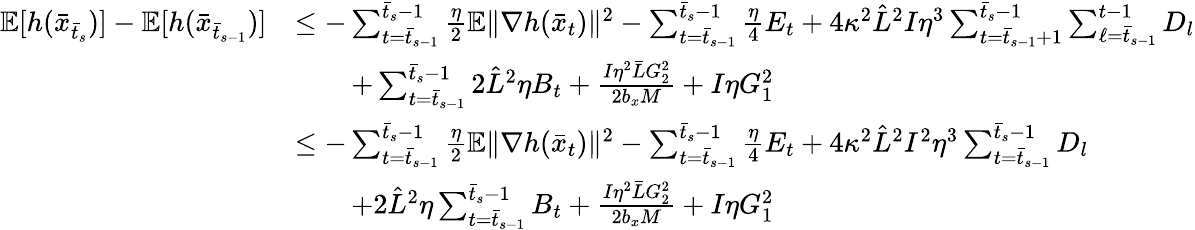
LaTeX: \begin{array}{rl}{\mathbb{E}[h(\bar{x}_{\bar{t}_{s}})]-\mathbb{E}[h(\bar{x}_{\bar{t}_{s-1}})]}&{\leq-\sum_{t=\bar{t}_{s-1}}^{\bar{t}_{s}-1}\frac{\eta}{2}\mathbb{E}\| \nabla h(\bar{x}_{t})\| ^{2}-\sum_{t=\bar{t}_{s-1}}^{\bar{t}_{s}-1}\frac{\eta}{4}E_{t}+4\kappa^{2}\hat{L}^{2}I\eta^{3}\sum_{t=\bar{t}_{s-1}+1}^{\bar{t}_{s}-1}\sum_{\ell=\bar{t}_{s-1}}^{t-1}D_{l}}\\ &{\qquad+\sum_{t=\bar{t}_{s-1}}^{\bar{t}_{s}-1}2\hat{L}^{2}\eta B_{t}+\frac{I\eta^{2}\bar{L}G_{2}^{2}}{2b_{x}M}+I\eta G_{1}^{2}}\\ &{\leq-\sum_{t=\bar{t}_{s-1}}^{\bar{t}_{s}-1}\frac{\eta}{2}\mathbb{E}\| \nabla h(\bar{x}_{t})\| ^{2}-\sum_{t=\bar{t}_{s-1}}^{\bar{t}_{s}-1}\frac{\eta}{4}E_{t}+4\kappa^{2}\hat{L}^{2}I^{2}\eta^{3}\sum_{t=\bar{t}_{s-1}}^{\bar{t}_{s}-1}D_{l}}\\ &{\qquad+2\hat{L}^{2}\eta\sum_{t=\bar{t}_{s-1}}^{\bar{t}_{s}-1}B_{t}+\frac{I\eta^{2}\bar{L}G_{2}^{2}}{2b_{x}M}+I\eta G_{1}^{2}}\end{array}